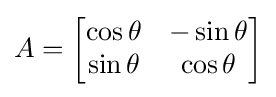
A={\begin{bmatrix}\cos \theta &-\sin \theta \\\sin \theta &\cos \theta \end{bmatrix}}